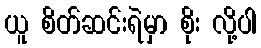
ယူ စိတ်ဆင်းရဲမှာ စိုး လို့ပါ